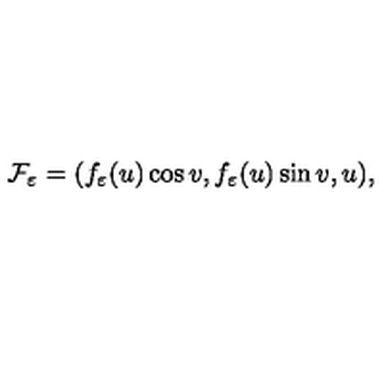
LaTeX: { \cal F } _ { \varepsilon } = ( f _ { \varepsilon } ( u ) \cos v , f _ { \varepsilon } ( u ) \sin v , u ) ,